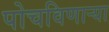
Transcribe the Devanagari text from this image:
पोचविणार्‍या